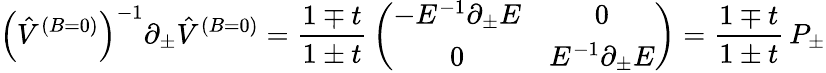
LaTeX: \left(\hat{V}^{(B=0)}\right)^{-1}\partial_{\pm}\hat{V}^{(B=0)}={\frac{1\mp t}{1\pm t}}\left(\begin{array}{cc}{{-E^{-1}\partial_{\pm}E}}&{{0}}\\ {{0}}&{{E^{-1}\partial_{\pm}E}}\end{array}\right)={\frac{1\mp t}{1\pm t}}\, P_{\pm}